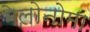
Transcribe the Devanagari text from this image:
मेलोनोमा